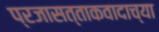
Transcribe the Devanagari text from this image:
प्रजासत्ताकवादाच्या